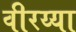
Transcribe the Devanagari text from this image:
वीरय्या